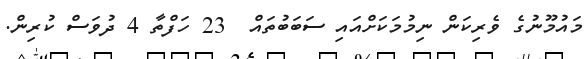
މައުމޫނުގެ ވެރިކަން ނިމުމަކަށްއައި ސަބަބުތައް  23 ހަފްތާ 4 ދުވަސް ކުރިން.